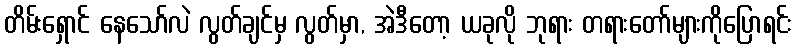
တိမ်းရှောင် နေသော်လဲ လွတ်ချင်မှ လွတ်မှာ, အဲဒီတော့ ယခုလို ဘုရား တရားတော်များကိုပြောရင်း